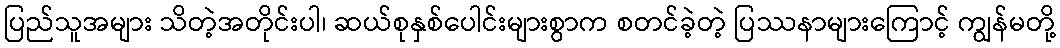
ပြည်သူအများ သိတဲ့အတိုင်းပါ၊ ဆယ်စုနှစ်ပေါင်းများစွာက စတင်ခဲ့တဲ့ ပြဿနာများကြောင့် ကျွန်မတို့